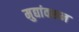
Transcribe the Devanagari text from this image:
मुद्यांवरून